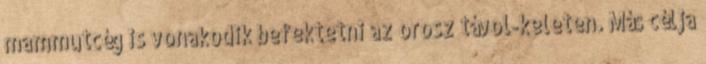
mammutcég is vonakodik befektetni az orosz távol-keleten. Más célja